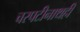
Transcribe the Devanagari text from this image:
चरपटीनाथही